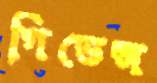
গিভেন্স